DOW-UAP-D49, Launch Summary, Vandenberg AFB, 2000
Agency: Department of War
Incident date: 2/3/00
Page 46
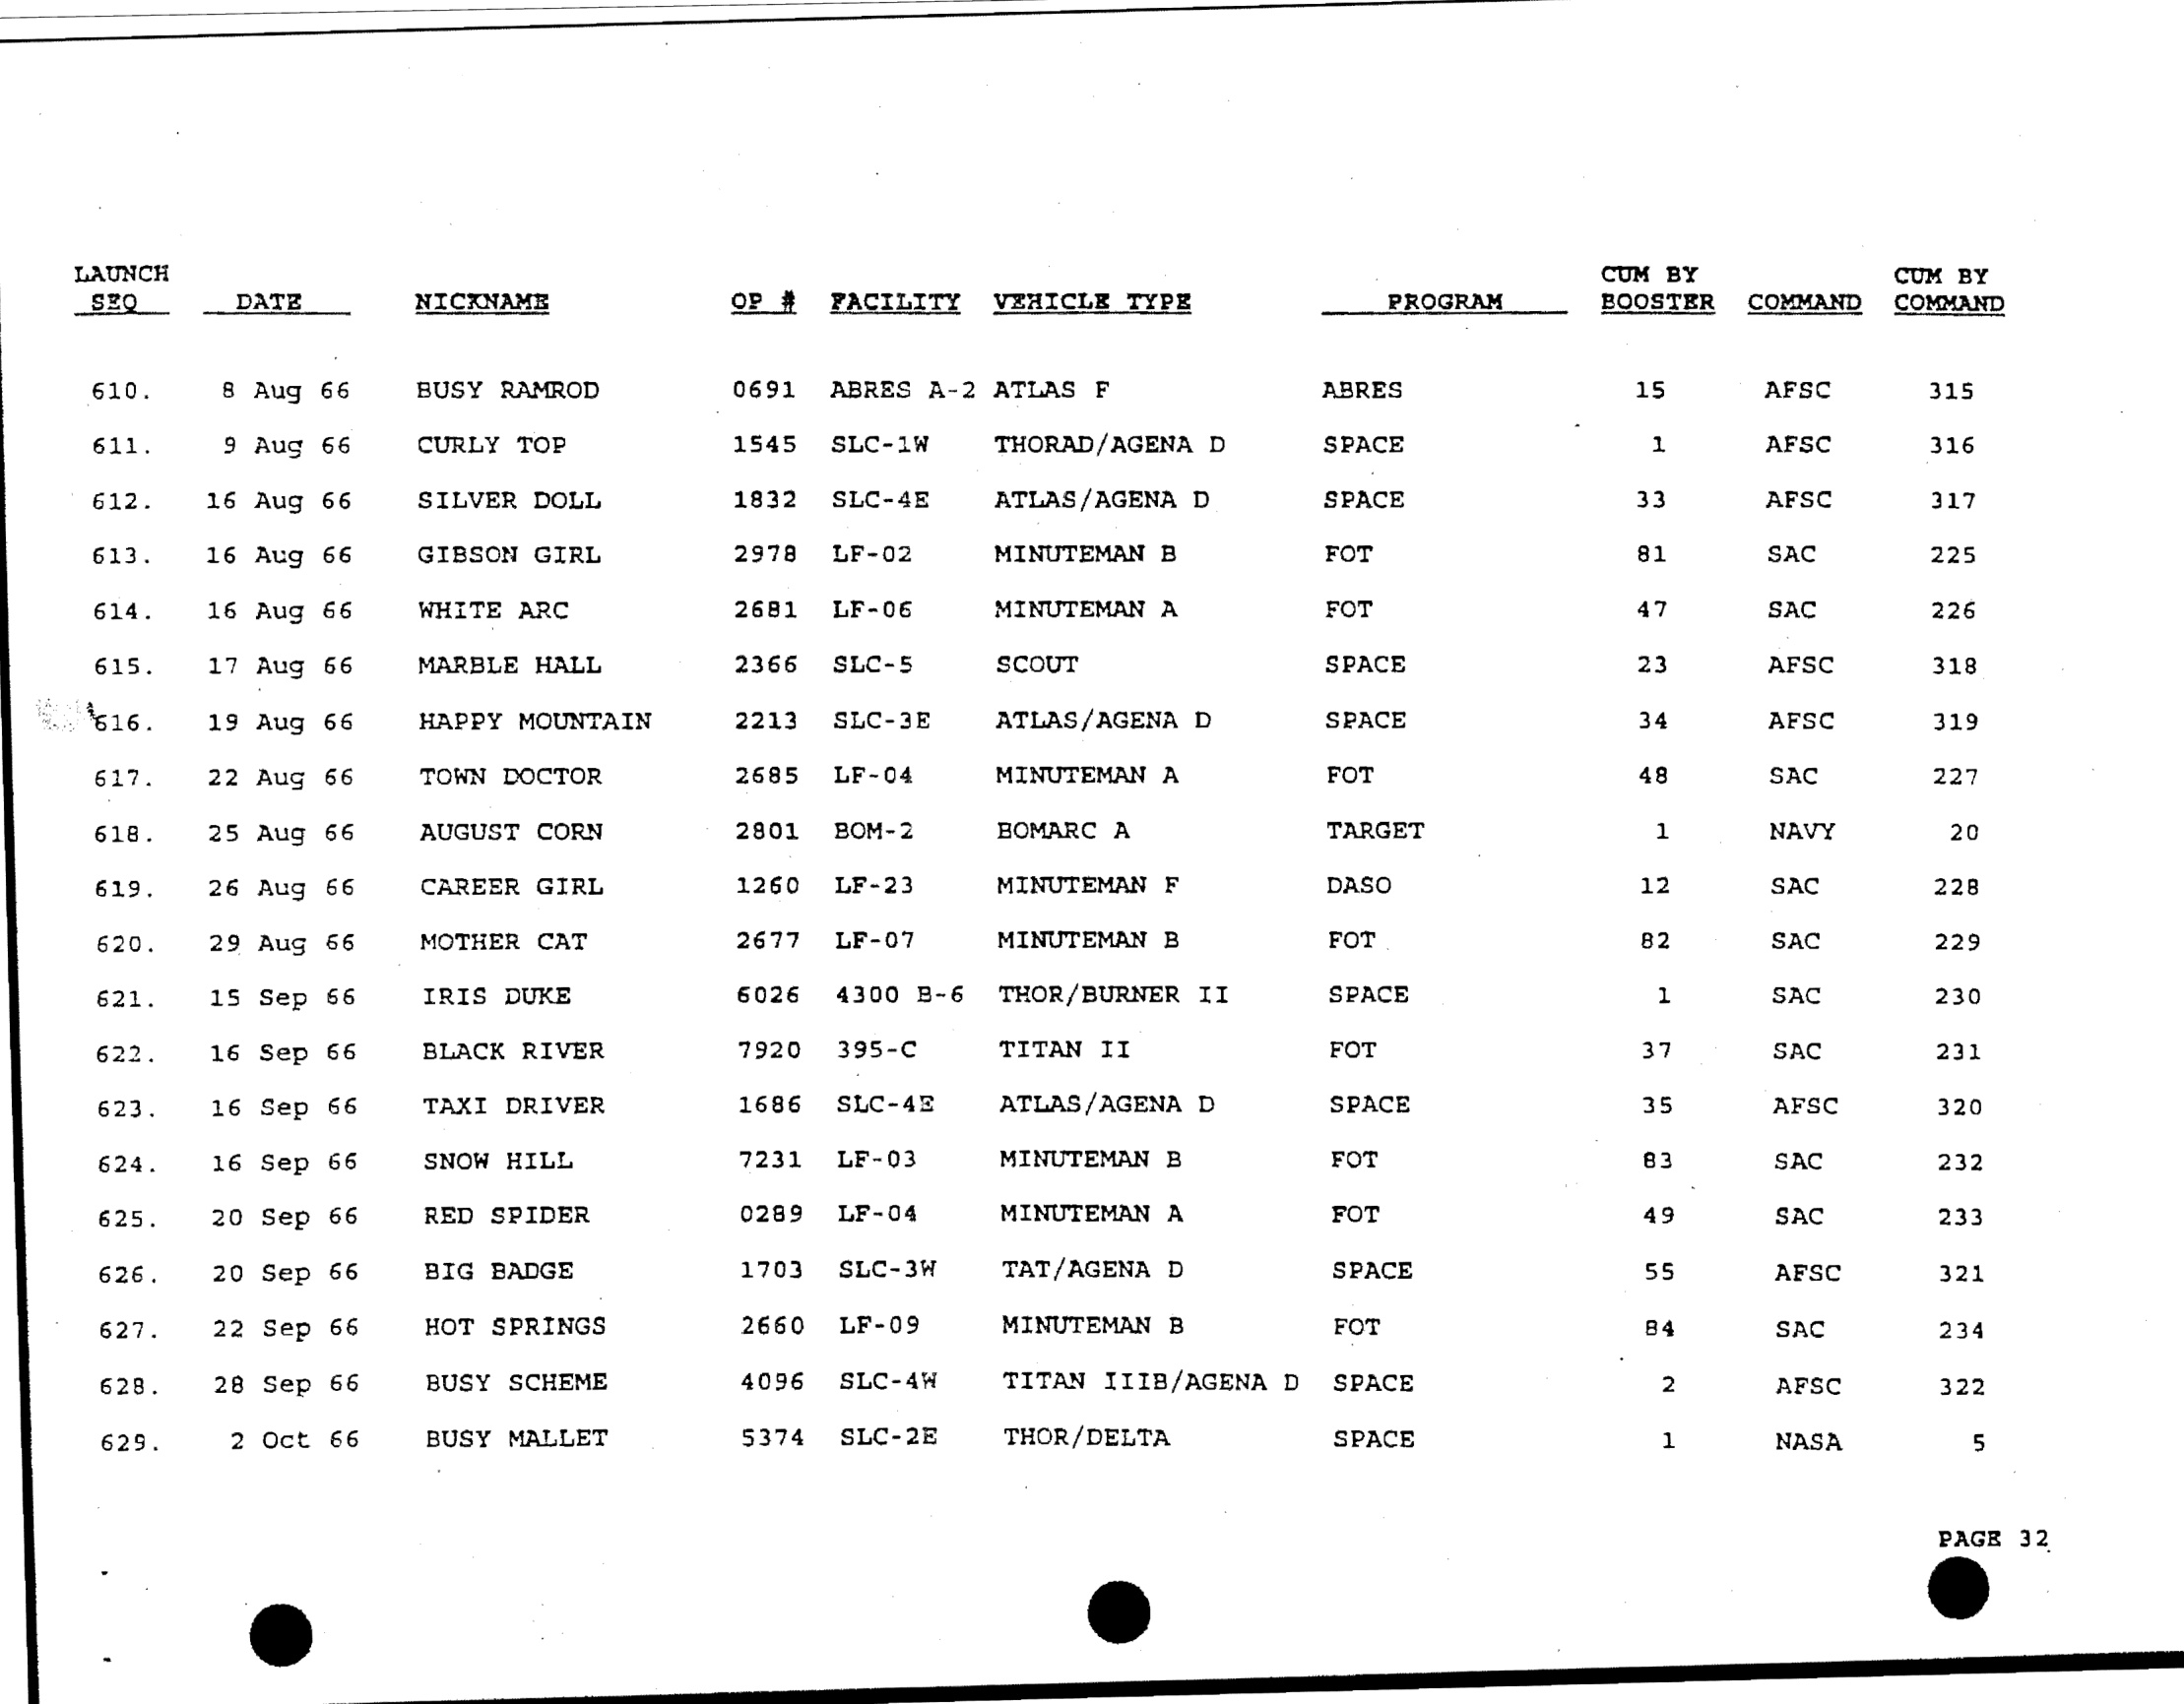